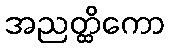
အညတ္ထိကော